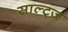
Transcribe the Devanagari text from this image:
साल्ट्ज़